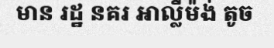
មាន រដ្ឋ នគរ អាល្លឺម៉ង់ តូច